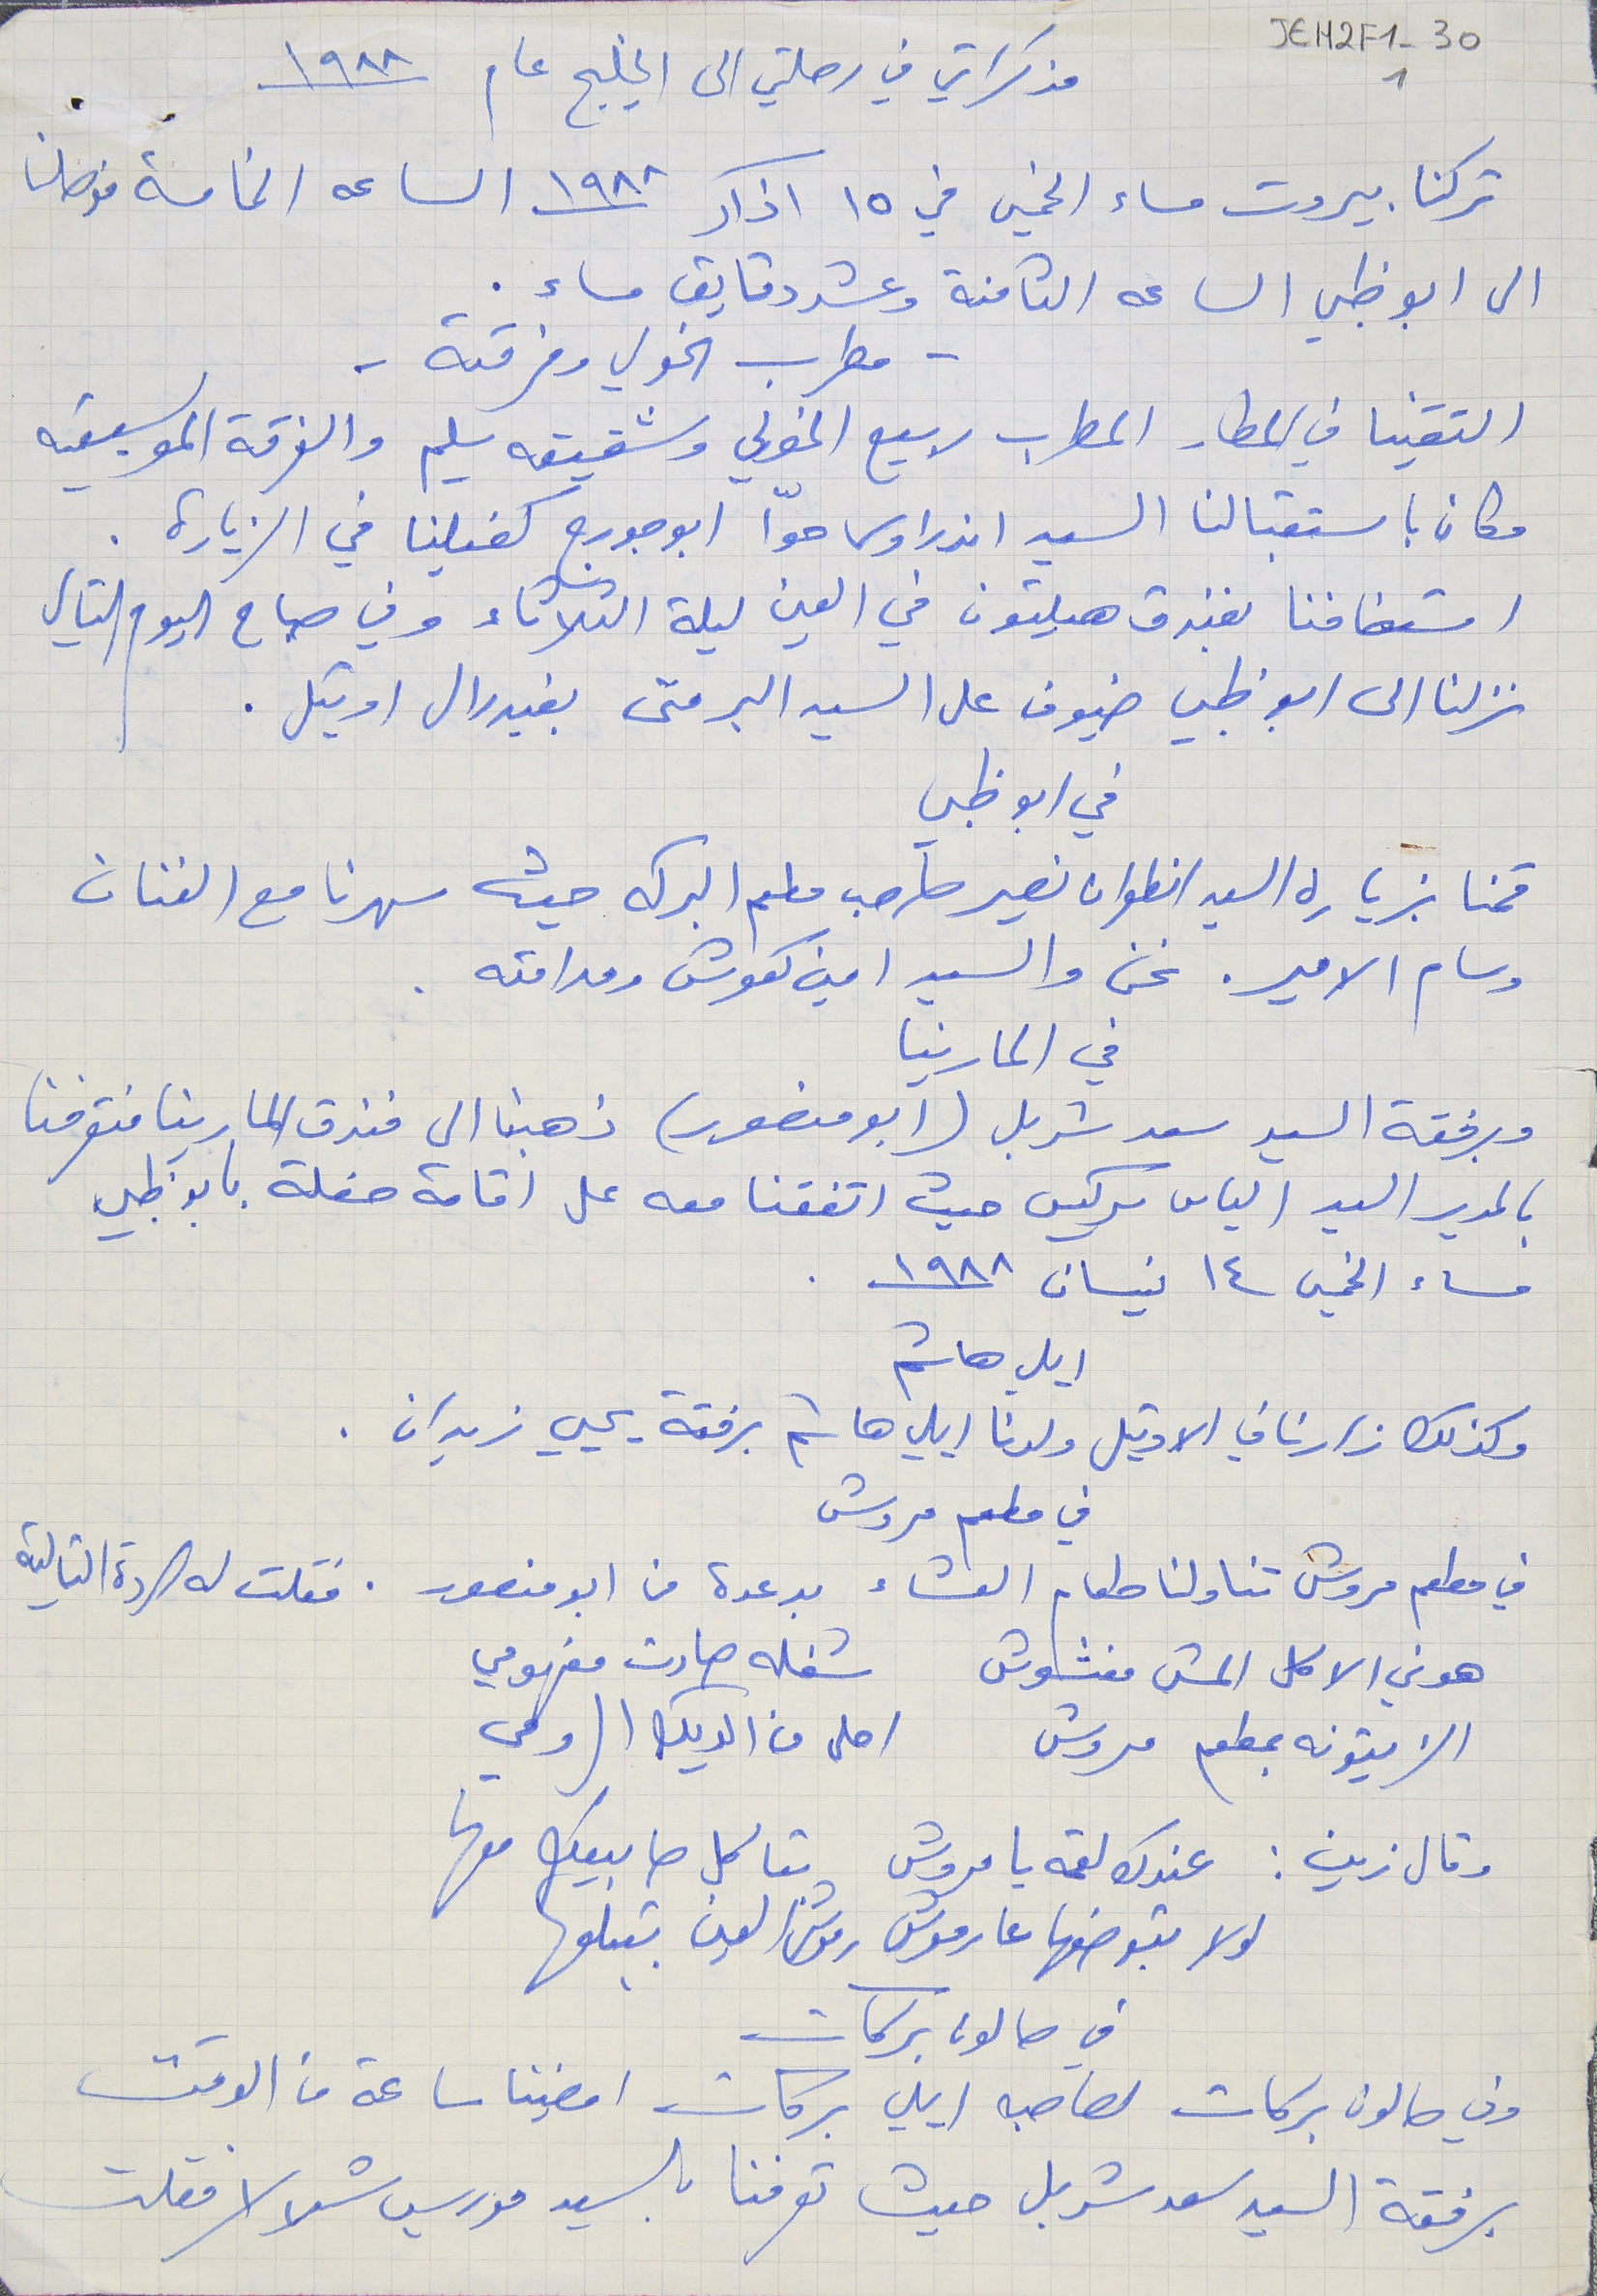
JEH2F1-301
 مذكراتي في رحلتي الى الخليج عام ١٩٨٨
تركنا بيروت مساء الخميس في ١٥ اذار ١٩٨٨ الساعه الخامسة فوصلنا
الى ابو ظبي الساعه الثامنة وعشر دقايق مساء .
التقنيا في المطار المطرب ربيع الخولي وشقيقه سليم والفرقة الموسيقيه
وكان باستقبالنا السيد اندراوس حوّا ابو جورج كفيلنا في الزيارة .
استضافنا بفندق هيلتون في العين ليلة الثلاثاء وفي صباح اليوم التالي
 نزلنا الى ابو ظبي ضيوف على السيد البر متى بفيدرال اوتيل .
 في ابو ظبي
 وسام الامير. نحن والسيد امين كعوش ومدامته .
في المارينا
 وبرفقة السيد سعد شربل (ابو منصور) ذهبنا الى فندق المارينا فتعرفنا
بالمدير السيد الياس سركيس حيث اتفقنا معه على اقامة حفلة بابو ظبي
 مساء الخميس ١٤ نيسان سنة ١٩٨٨.
 ايلي هاشم
 في مطعم مروش
في مطعم مروش تناولنا طعام العشاء بدعوة من ابو منصور. فقلت له الردة التالية
هوني الاكل المش مغشوش    شغله صارت مفهومي
الزيتونه بمطعم مروش    احلى من الديك الرومي

الزيتونه بمطعم مروش  احلى من الديك الرومي
وقال زين : عندك لقمه يا مروش  بتاكل صابيعك معها
لولا بتوضعها عارموش      رموش العين بتبلعها
في صالون بركات
وفي صالون بركات لصاحبه ايلي بركات امضينا ساعة من الوقت
برفقة السيد سعد شربل حيث تعرفنا بالسيد موريس شلالا فقلت
- مطرب الخولي وفرقته -
قمنا بزيارة السيد انطوان نصير صاحب مطعم البركه حيث سهرنا مع الفنان
وكذلك زارنا في الاوتيل ولدنا ايلي هاشم برفقة يحيي زيدان .